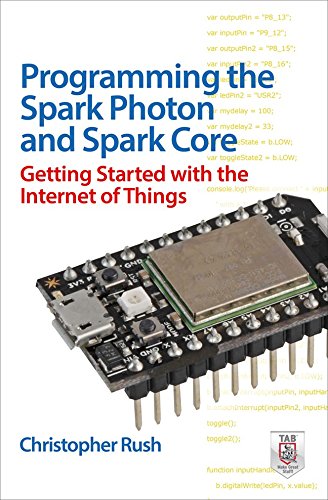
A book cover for Programming the Photon: Getting Started with the Internet of Things; Christopher Rush; Computers & Technology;